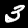
Digit: 3